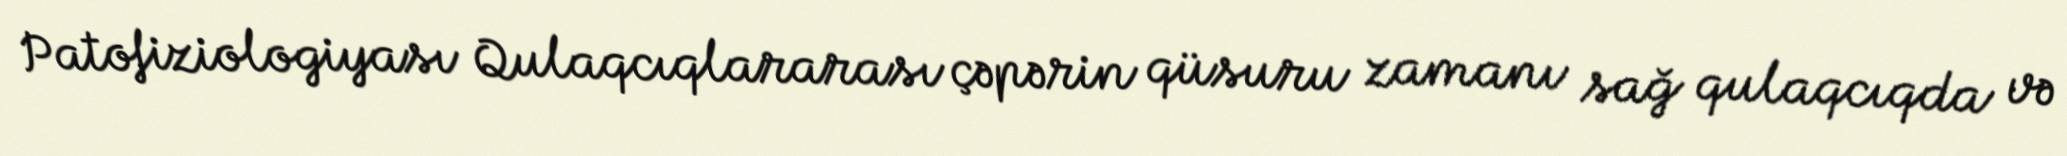
Patofiziologiyası Qulaqcıqlararası çəpərin qüsuru zamanı sağ qulaqcıqda və